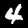
Digit: 4